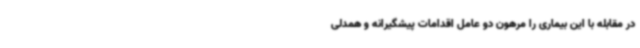
در مقابله با این بیماری را مرهون دو عامل اقدامات پیشگیرانه و همدلی